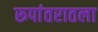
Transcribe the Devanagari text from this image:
रूपांतरातला